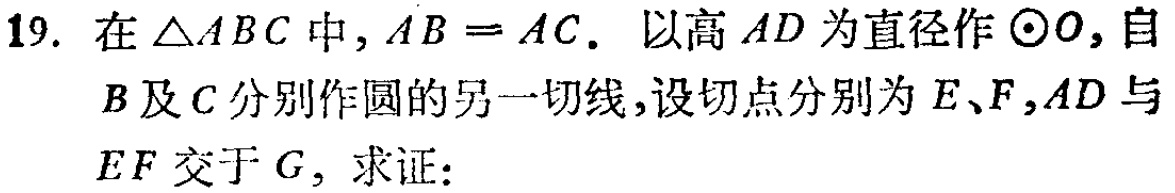
19. 在$\triangle ABC$中，$AB = AC$。以高$AD$为直径作$\odot O$，自$B$及$C$分别作圆的另一切线，设切点分别为$E、F$，$AD$与$EF$交于$G$，求证：